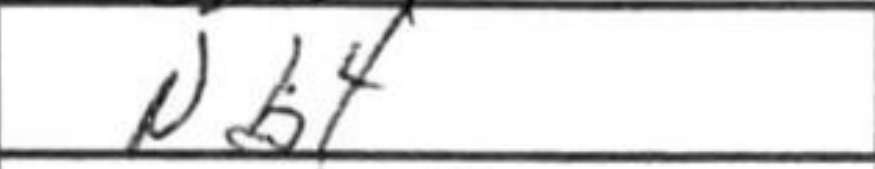
Transcription: Nb4